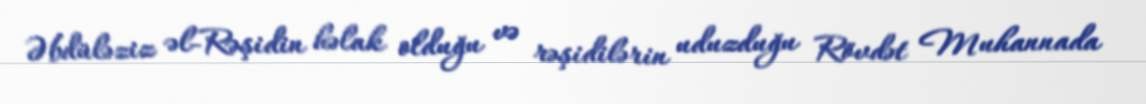
Əbdüləziz əl-Rəşidin həlak olduğu və rəşidilərin uduzduğu Rövdət Muhannada